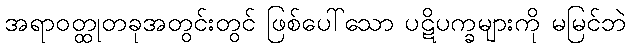
အရာဝတ္ထုတခုအတွင်းတွင် ဖြစ်ပေါ်သော ပဋိပက္ခများကို မမြင်ဘဲ